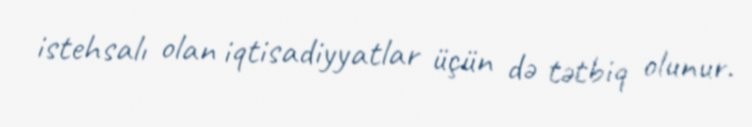
istehsalı olan iqtisadiyyatlar üçün də tətbiq olunur.